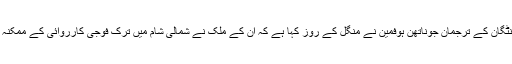
(سیاست ڈاٹ کام) امریکی محکمہ دفاع پینٹگان کے ترجمان جوناتھن ہوفمین نے منگل کے روز کہا ہے کہ ان کے ملک نے شمالی شام میں ترک فوجی کارروائی کے ممکنہ راستے سے اپنی افواج کو دور کردیا ہے۔